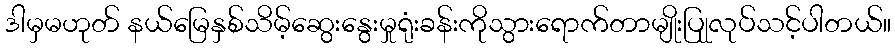
ဒါမှမဟုတ် နယ်မြေနှစ်သိမ့်ဆွေးနွေးမှုရုံးခန်းကိုသွားရောက်တာမျိုးပြုုလုပ်သင့်ပါတယ်။